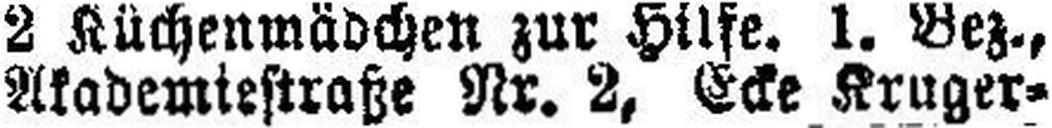
Akademiestraße Nr. 2, Ecke Kruger¬